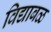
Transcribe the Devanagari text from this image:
विद्याबळ